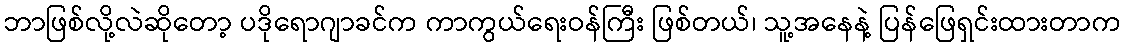
ဘာဖြစ်လို့လဲဆိုတော့ ပဒိုရောဂျာခင်က ကာကွယ်ရေးဝန်ကြီး ဖြစ်တယ်၊ သူ့အနေနဲ့ ပြန်ဖြေရှင်းထားတာက